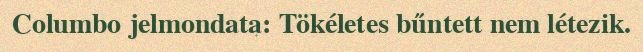
Columbo jelmondata: Tökéletes bűntett nem létezik.